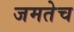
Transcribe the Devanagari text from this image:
जमतेच